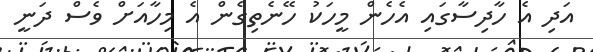
އަދި އެ ހާދިސާގައި އެހެން މީހަކު ހޭނެތިގެން އެ މިހާއަށް ވެސް ދަނީ